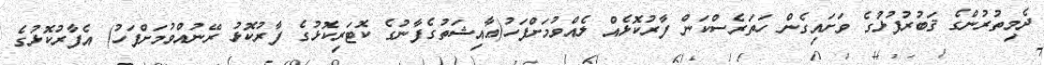
ދެމިތުރުންގެ ޤަބުރުފުޅުގެ ވަށައިގެން ހަތަރެސްކަން ފާރުކޮޅެއް ލެއްވުމަށްފަހު(ޢާއިޝަތުގެފާނުގެ ކޮޓަރިކޮޅުގެ ފާރުކޮޅު ރޭނުއްވުމަށްފަހު) އެފާރުކޮޅުގެ